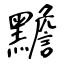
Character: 黵